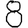
Digit: 8